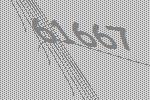
61667